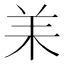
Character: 𦍎